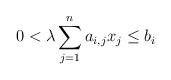
\begin{align*}0 < \lambda \sum_{j=1}^n a_{i,j} x_j \leq b_i \end{align*}